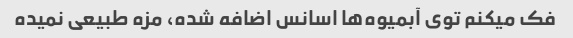
فک میکنم توی آبمیوه‌ها اسانس اضافه شده، مزه طبیعی نمیده